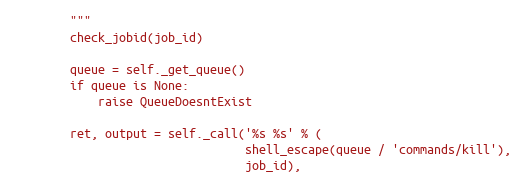
Language: Python
        """
        check_jobid(job_id)

        queue = self._get_queue()
        if queue is None:
            raise QueueDoesntExist

        ret, output = self._call('%s %s' % (
                                 shell_escape(queue / 'commands/kill'),
                                 job_id),